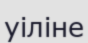
уіліне